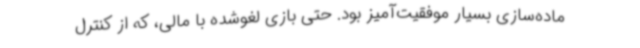
ماده‌سازی بسیار موفقیت‌آمیز بود. حتی بازی لغوشده با مالی، که از کنترل